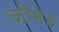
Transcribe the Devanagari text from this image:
जोमेइ